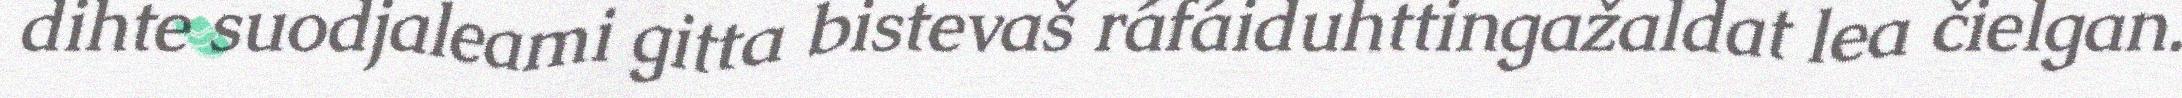
dihte suodjaleami gitta bistevaš ráfáiduhttingažaldat lea čielgan.